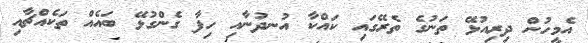
އެމީހުން ދިރިއުޅޭ ތަނުގެ ތެރޭގައި ކައްކާ އުނދުނާއި ހިފާ ގެންގުޅޭ ބައެއް ތަކެއްޗާއި